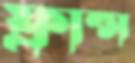
ফ্রান্স